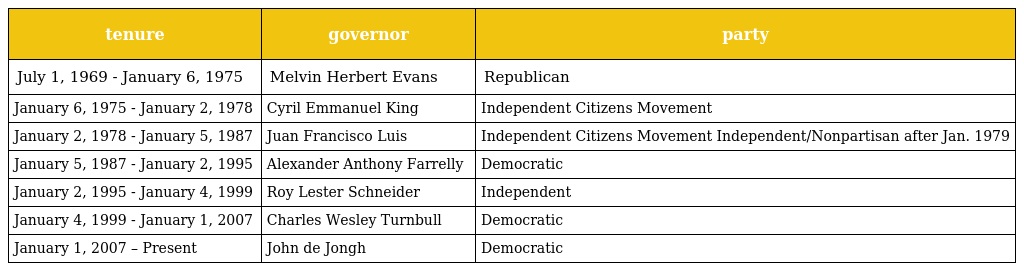
| tenure | governor | party |
 | --- | --- | --- |
 | July 1, 1969 - January 6, 1975 | Melvin Herbert Evans | Republican |
 | January 6, 1975 - January 2, 1978 | Cyril Emmanuel King | Independent Citizens Movement |
 | January 2, 1978 - January 5, 1987 | Juan Francisco Luis | Independent Citizens Movement Independent/Nonpartisan after Jan. 1979 |
 | January 5, 1987 - January 2, 1995 | Alexander Anthony Farrelly | Democratic |
 | January 2, 1995 - January 4, 1999 | Roy Lester Schneider | Independent |
 | January 4, 1999 - January 1, 2007 | Charles Wesley Turnbull | Democratic |
 | January 1, 2007 – Present | John de Jongh | Democratic |